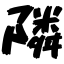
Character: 隣